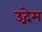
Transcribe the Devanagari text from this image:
उद्गेम